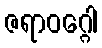
ဇရာဝဂ္ဂေါ